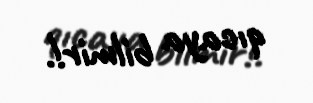
qıcaya bilmir!.